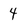
Character: 4